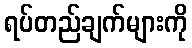
ရပ်တည်ချက်များကို